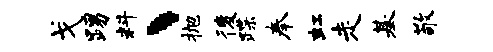
戈踢料丶抛後蹀奉虹走基敬